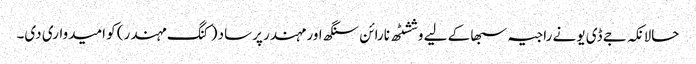
حالانکہ جے ڈی یو نے راجیہ سبھا کے لیے وششٹھ نارائن سنگھ اور مہندر پرساد (کنگ مہندر) کو امیدواری دی۔